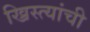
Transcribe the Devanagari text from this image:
ख्रिस्त्यांची